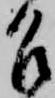
召